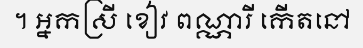
។ អ្នកស្រី ខៀវ ពណ្ណារី កើតនៅ